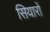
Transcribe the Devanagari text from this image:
सियारों